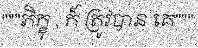
"""ភិក្ខុ , ក៏ ត្រូវបាន គេ"""